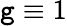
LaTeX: \mathtt{g}\equiv1